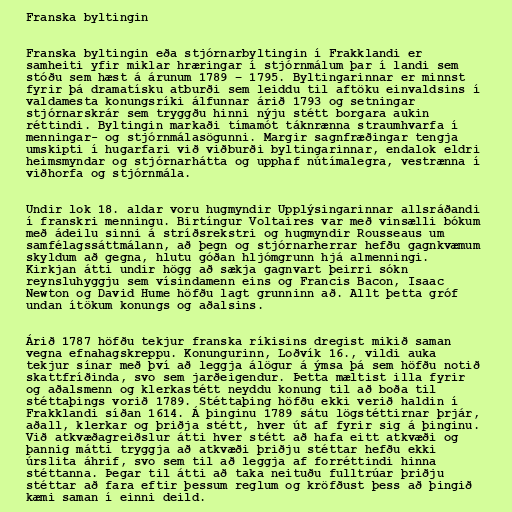
Franska byltingin

Franska byltingin eða stjórnarbyltingin í Frakklandi er
samheiti yfir miklar hræringar í stjórnmálum þar í landi sem
stóðu sem hæst á árunum 1789 – 1795. Byltingarinnar er minnst
fyrir þá dramatísku atburði sem leiddu til aftöku einvaldsins í
valdamesta konungsríki álfunnar árið 1793 og setningar
stjórnarskrár sem tryggðu hinni nýju stétt borgara aukin
réttindi. Byltingin markaði tímamót táknrænna straumhvarfa í
menningar- og stjórnmálasögunni. Margir sagnfræðingar tengja
umskipti í hugarfari við viðburði byltingarinnar, endalok eldri
heimsmyndar og stjórnarhátta og upphaf nútímalegra, vestrænna í
viðhorfa og stjórnmála.

Undir lok 18. aldar voru hugmyndir Upplýsingarinnar allsráðandi
í franskri menningu. Birtíngur Voltaires var með vinsælli bókum
með ádeilu sinni á stríðsrekstri og hugmyndir Rousseaus um
samfélagssáttmálann, að þegn og stjórnarherrar hefðu gagnkvæmum
skyldum að gegna, hlutu góðan hljómgrunn hjá almenningi.
Kirkjan átti undir högg að sækja gagnvart þeirri sókn
reynsluhyggju sem vísindamenn eins og Francis Bacon, Isaac
Newton og David Hume höfðu lagt grunninn að. Allt þetta gróf
undan ítökum konungs og aðalsins.

Árið 1787 höfðu tekjur franska ríkisins dregist mikið saman
vegna efnahagskreppu. Konungurinn, Loðvík 16., vildi auka
tekjur sínar með því að leggja álögur á ýmsa þá sem höfðu notið
skattfríðinda, svo sem jarðeigendur. Þetta mæltist illa fyrir
og aðalsmenn og klerkastétt neyddu konung til að boða til
stéttaþings vorið 1789. Stéttaþing höfðu ekki verið haldin í
Frakklandi síðan 1614. Á þinginu 1789 sátu lögstéttirnar þrjár,
aðall, klerkar og þriðja stétt, hver út af fyrir sig á þinginu.
Við atkvæðagreiðslur átti hver stétt að hafa eitt atkvæði og
þannig mátti tryggja að atkvæði þriðju stéttar hefðu ekki
úrslita áhrif, svo sem til að leggja af forréttindi hinna
stéttanna. Þegar til átti að taka neituðu fulltrúar þriðju
stéttar að fara eftir þessum reglum og kröfðust þess að þingið
kæmi saman í einni deild.